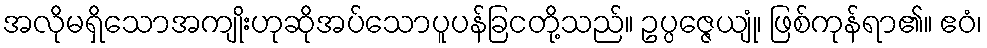
အလိုမရှိသောအကျိုးဟုဆိုအပ်သောပူပန်ခြငတို့သည်။ ဥပ္ပဇ္ဇေယျုံ၊ ဖြစ်ကုန်ရာ၏။ ဧဝံ၊